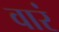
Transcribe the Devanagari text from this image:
वारं